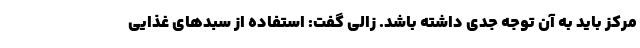
مرکز باید به آن توجه جدی داشته باشد. زالی گفت: استفاده از سبدهای غذایی